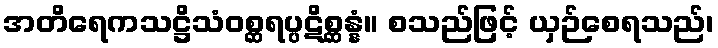
အတိရေကသဋ္ဌိသံဝစ္ဆရပ္ပဋိစ္ဆန္နံ။ စသည်ဖြင့် ယှဉ်စေရသည်၊